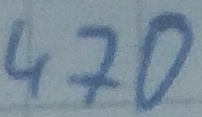
Text: 470